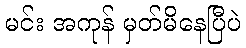
မင်း အကုန် မှတ်မိနေပြီပဲ